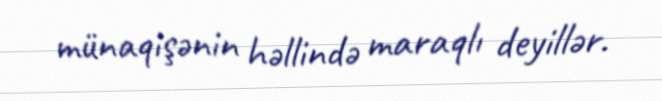
münaqişənin həllində maraqlı deyillər.